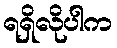
ရရှိလိုပါက